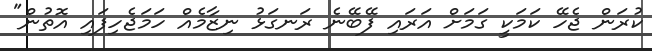
ކުރަން ޖެހޭ ކަމަކީ ގަމަށް އަރައި ފޭބޭނެ ރަނގަޅު ނިޒާމެއް ހަމަޖެހިފައި އޮތުން"